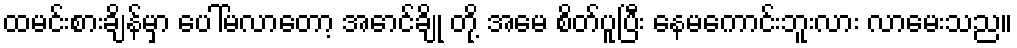
ထမင်းစားချိန်မှာ ပေါ်မလာတော့ အောင်ချို တို့ အမေ စိတ်ပူပြီး နေမကောင်းဘူးလား လာမေးသည။